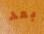
بعد